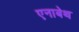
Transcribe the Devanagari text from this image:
एनाबेथ